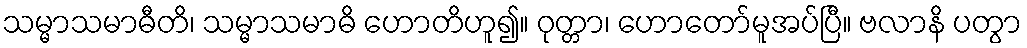
သမ္မာသမာဓီတိ၊ သမ္မာသမာဓိ ဟောတိဟူ၍။ ဝုတ္တာ၊ ဟောတော်မူအပ်ပြီ။ ဗလာနိ ပတွာ